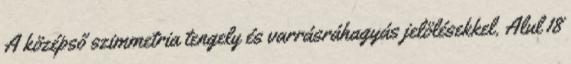
A középső szimmetria tengely és varrásráhagyás jelölésekkel. Alul 18